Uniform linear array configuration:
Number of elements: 16
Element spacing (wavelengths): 0.5
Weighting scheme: binomial
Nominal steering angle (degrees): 45
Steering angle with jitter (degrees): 45.093
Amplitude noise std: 0.05
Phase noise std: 0.05

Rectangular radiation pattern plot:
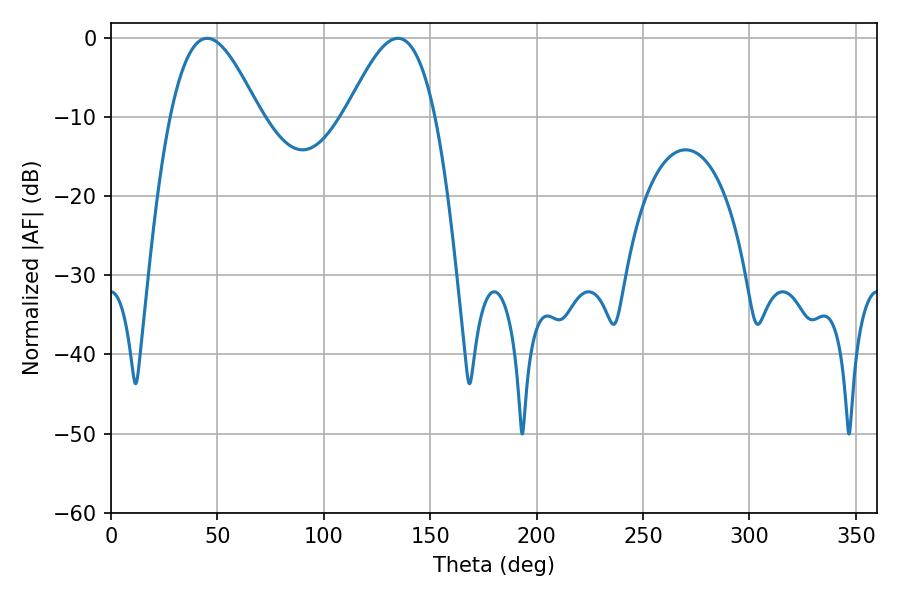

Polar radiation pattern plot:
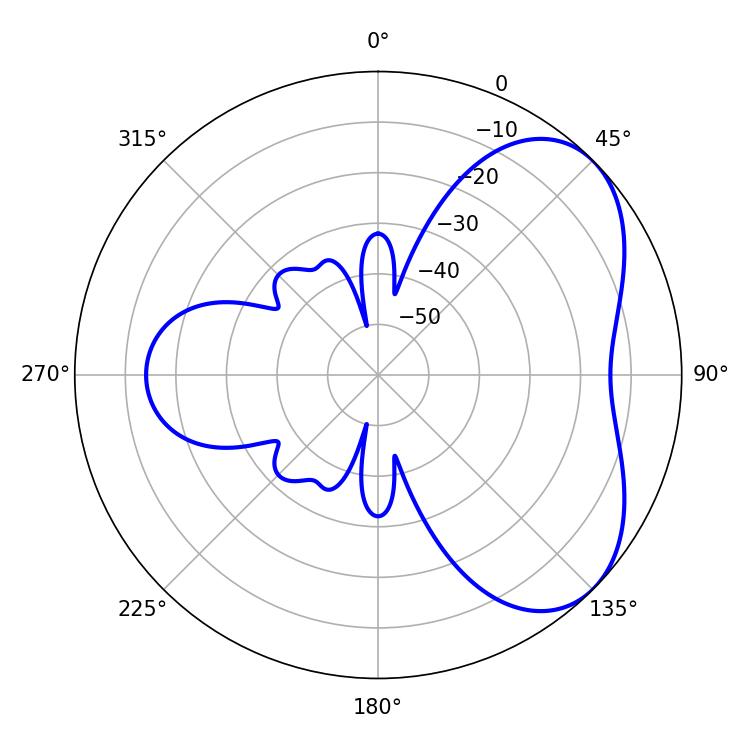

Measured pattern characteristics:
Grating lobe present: FALSE
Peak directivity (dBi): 5.008
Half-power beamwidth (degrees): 22.5
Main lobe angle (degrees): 45.18